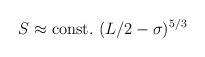
\begin{align*}S\approx{\rm const.}~(L/2-\sigma)^{5/3}\end{align*}